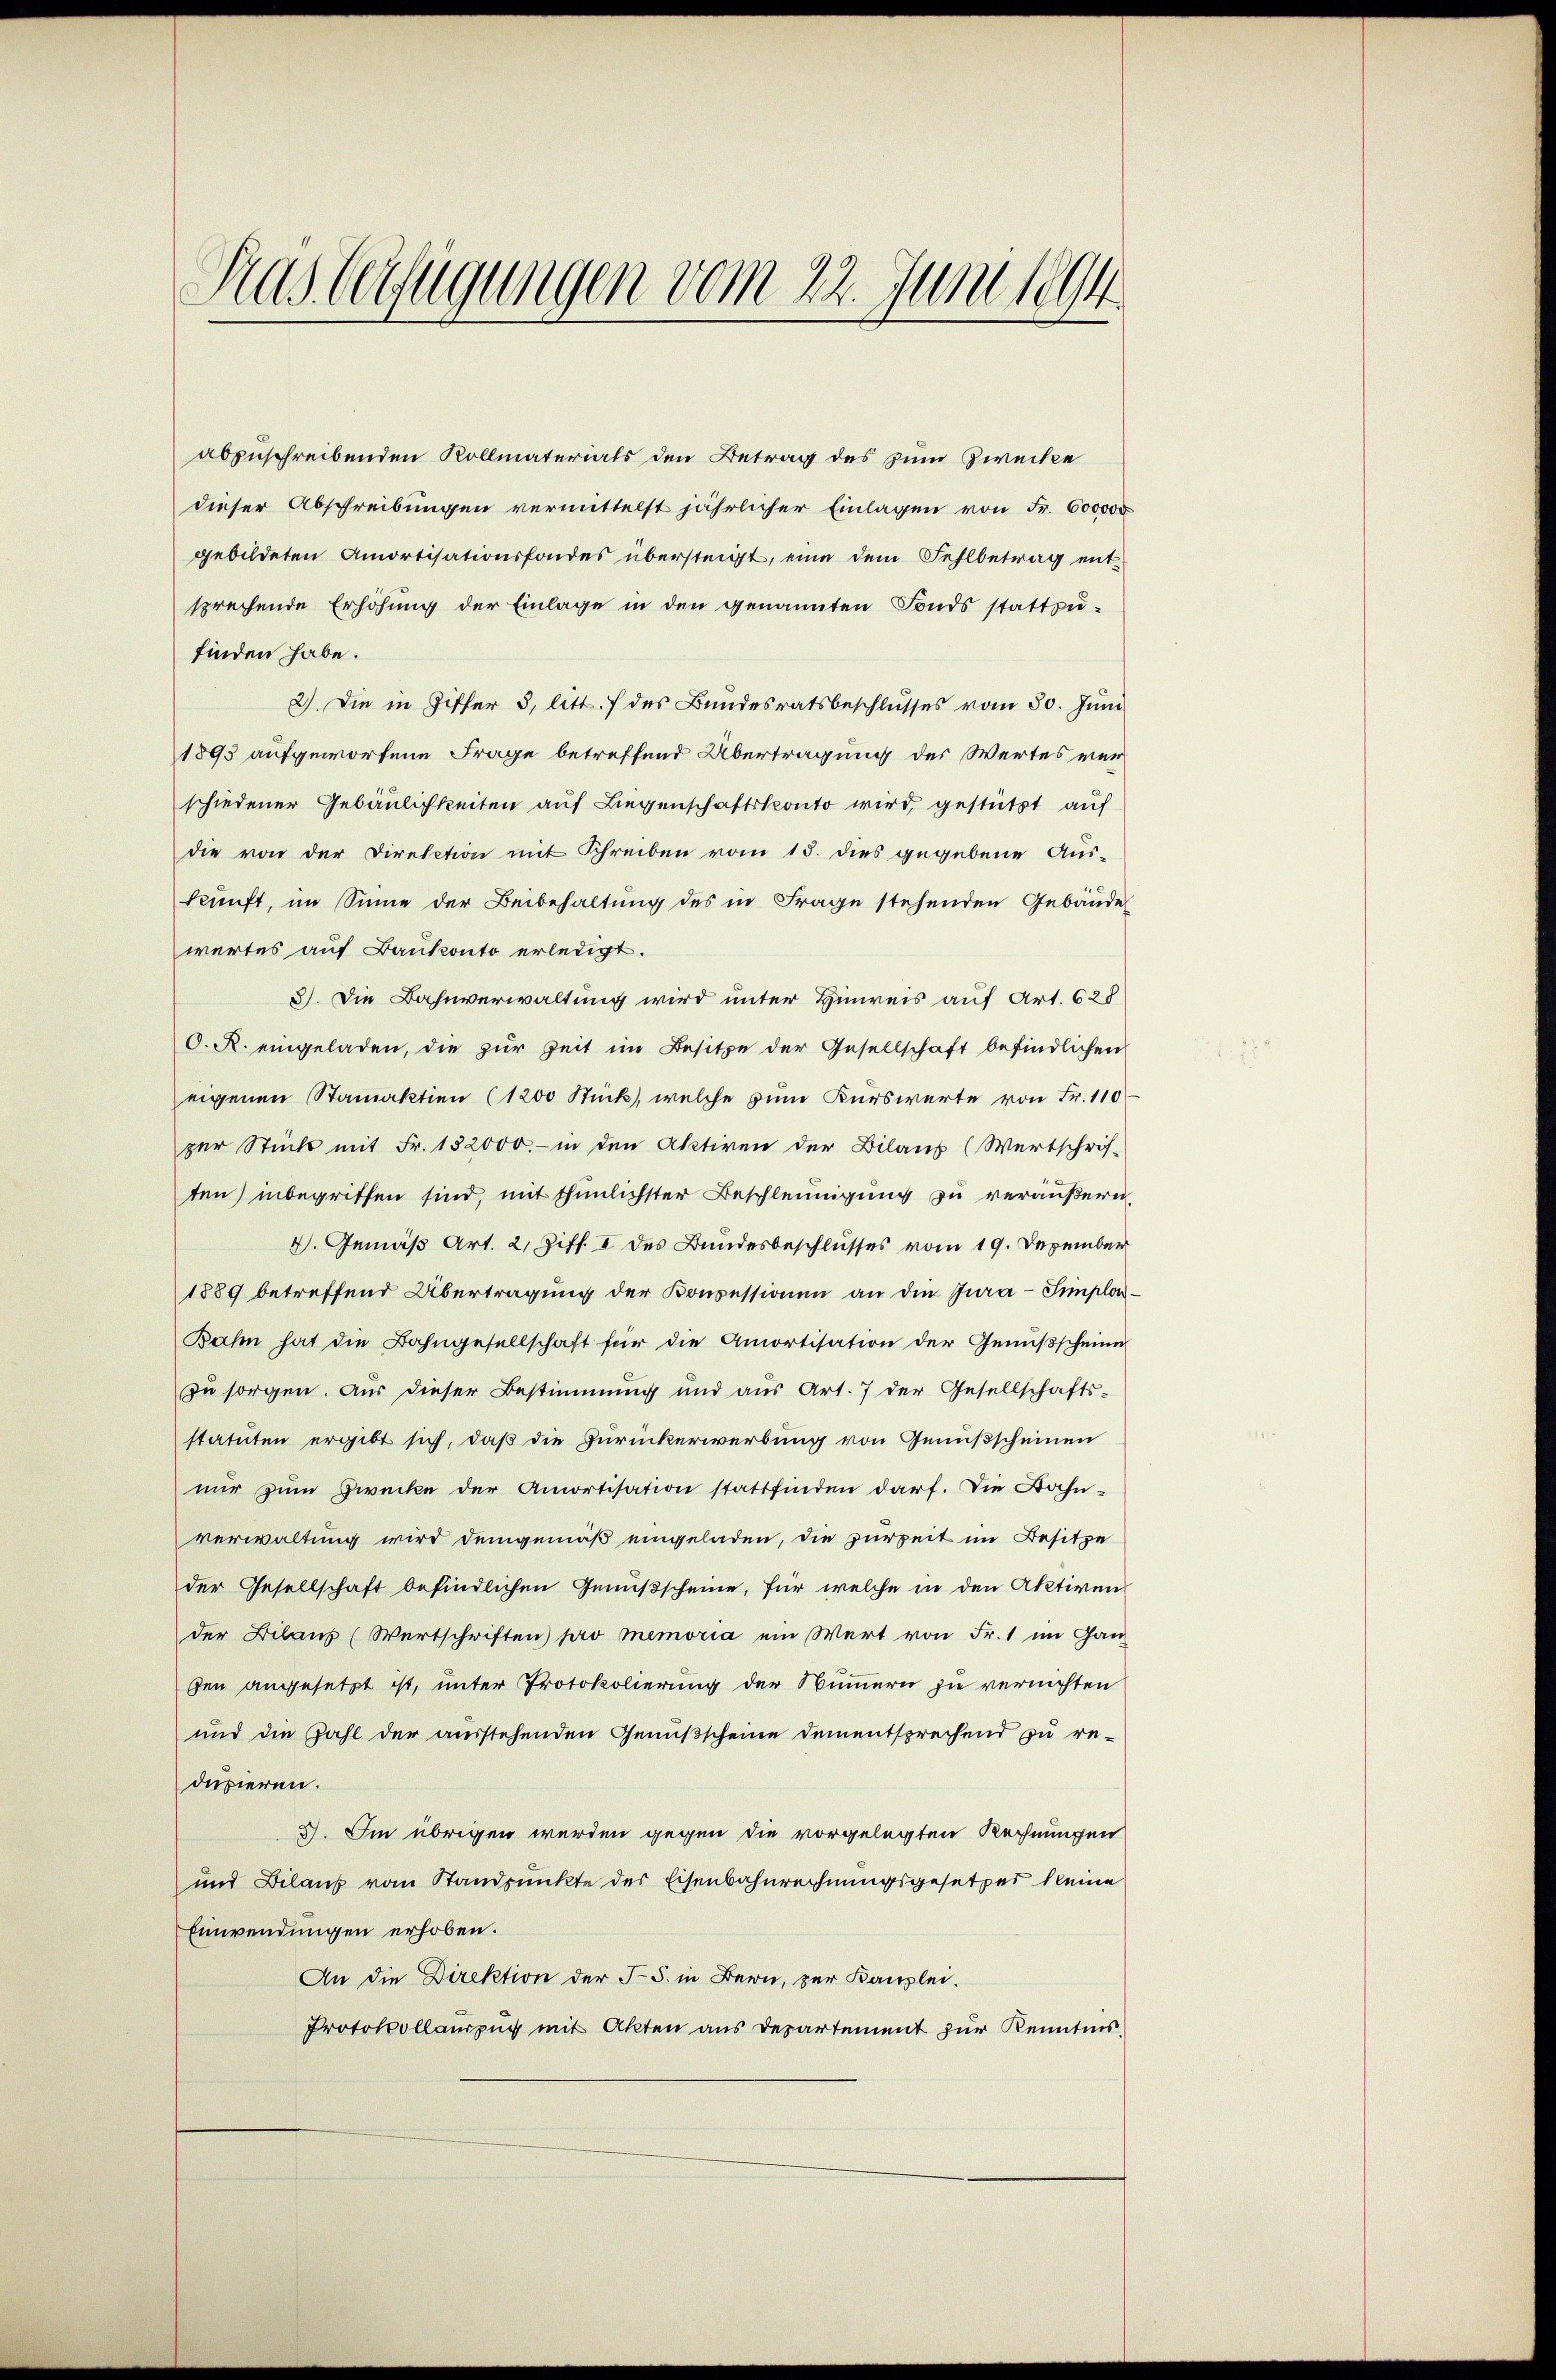
Kas beifügungen vom 22. Juni 1894

abzuschreibenden Kollmaterials den Betrag des zum Zwecke
dieser Abschreibungen vermittelst jährlicher Einlagen von Fr. 600000
gebildeten Amortisationsfondes übersteigt, eine dem Fehlbetrag ent-
sprechende Erhöhung der Einlage in den genannten Fonds stattzufinden habe.
2). Die in Ziffer 3, litt. f des Bundesratsbeschlŭsses vom 30. Jŭni
1895 aufgeworfene Frage betreffend Übertragung des Wertes ver-
schiedener Gebäulichkeiten auf Liegenschaftskonto wird, gestützt auf
die von der Direction mit Schreiben vom 15. dies gegebene Aus-
kunft, im Sinne der Beibehaltung des in Frage stehenden Gebäude
wertes auf Bankonto erledigt.
3). Die Bahnverwaltung wird unter Hinweis auf Art. 628
O. R. eingeladen, die zur Zeit im Besitze der Gesellschaft befindlichen
eigenen Stamaktion (1200 Stück, welche zum Kurswerte von Fr. 110
zer Stück mit Fr. 132000.- in den Aktiven der Bilans (Wertschrif-
ten) inbegriffen sind, mit thunlichster Beschleunigung zu veräußern
V. Gemäß Art. 2, Ziff. I des Bundesbeschlusses vom 19. Dezember
1889 betreffend Übertragung der Konsessionen an die Jura-Simplon¬
Bahn hat die Bahngesellschaft für die Amortisation der Genußscheine
zu sorgen. Aus dieser Bestimmung und aus Art. 7 der Gesellschafts-
statuten ergibt sich, daß die Zurückerwerbung von Genußscheinen
nur zum Zwecke der Amortisation stattfinden darf. Die Bahn-
verwaltung wird demgemäß eingeladen, die zurzeit im Besitze
der Gesellschaft befindlichen Genußscheine, für welche in den Aktiven
der Dilaus (Wertschriften) pro memoria ein Wert von Fr. 1 im Gan
den angesetzt ist, unter Protokolierung der Nummern zu vernichten
und die Zahl der ausstehenden Genußscheine dementsprechend zu re-
dusieren.
3. Im übrigen werden gegen die vorgelegten Rechnungen
und Bilanz vom Standpunkte der Eisenbahnrechnungsgesetzes kleine
Einwendungen erhoben.
An die Direktion der J. in Bern, zur Kanzlei.
Protokollauszug mit Akten aus Departement zur Kenntnis,